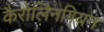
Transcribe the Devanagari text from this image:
कैरोलिनगियन